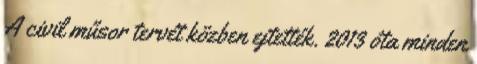
A civil műsor tervét közben ejtették. 2013 óta minden